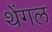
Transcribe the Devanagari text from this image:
थेंगल